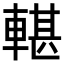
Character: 𨍜